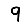
Digit: 9